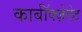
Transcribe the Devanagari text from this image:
कार्बॉक्ज़ेलेट